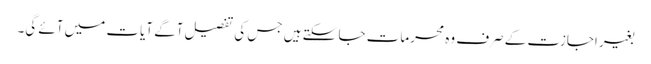
بغیر اجازت کے صرف وہ محرمات جا سکتے ہیں جس کی تفصیل آگے آیات میں آئے گی۔